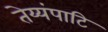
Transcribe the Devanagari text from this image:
तेय्यंपाटि